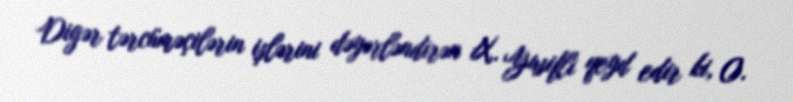
Digər tərcüməçilərin işlərini dəyərləndirən X. Yusifli qeyd edir ki, O.